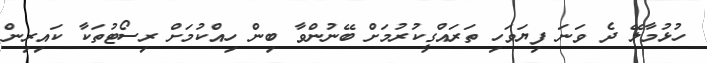
ހުޅުމާލޭ ދެ ވަނަ ފިޔަވަހި ތަރައްގީކުރުމަށް ބޭނުންވާ ބިން ހިއްކުމަށް ރިސޯޓުތަކާ ކައިރިން